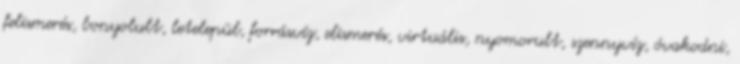
felismerés, bonyolult, letelepül, forrásvíz, elismerés, virtuális, nyomorult, szennyvíz, óvakodni,